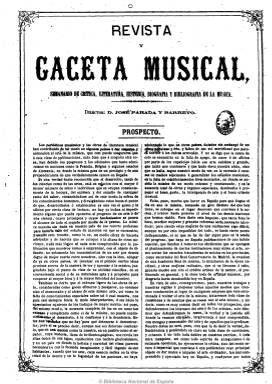
Título: Revista y gaceta musical
Colección: Música
Ámbito geográfico: Madrid
Lugar de publicación: Madrid
Fechas: 01/01/1867-29/06/1868

Semanario de crítica, literatura, historia, biografía y bibliografía de la música, que sale los domingos a partir del seis de enero de 1867, editada por su propietario, Bonifacio Eslava, y dirigida por José Parada y Barreto, en números, generalmente, de seis páginas, acompañados de una entrega también semanal de otras dos páginas con un “Diccionario técnico, histórico y biográfico de la música”, de la que es autor el director de la revista.

Publicación con una buena información y artículos, en concreto sobre la historia y los instrumentos del arte musical, en la que aparecen las primeras relaciones de maestros de capilla y las primeras catalogaciones de libros sobre esta materia. Dedicadamente enteramente a la música a través de textos informativos o críticos sobre conciertos, obras y autores, el Real Conservatorio de Madrid, el Teatro Real, la ópera nacional, así como estudios de documentos sobre este arte, crónicas sobre el movimiento musical extranjero, además de gacetillas, sueltos, correspondencia de provincias y revista de prensa. En las últimas planas inserta amplios anuncios comerciales de instrumentos y bibliografía musical.

Su tendencia ha sido calificada de antiwagneriana y cuenta entre sus colaboradores con Oscar Camps y Soler, Agapito Pérez y A. Cordero. Su último número corresponde al 29 de junio de 1868, habiendo editado un total de 78 números en su año y medio de vida. Sus suscripciones pudieron pasar a El artista (1866-1868) y no reapareció aunque lo anunció en su despedida.